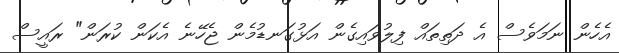
އެހެން ނަމަވެސް އެ ދަތިތައް ފިލުވައިގެން އަޅުގަނޑުމެން ޖެހޭނެ އެކަން ކުރަން" ރައީސް